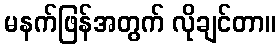
မနက်ဖြန်အတွက် လိုချင်တာ။